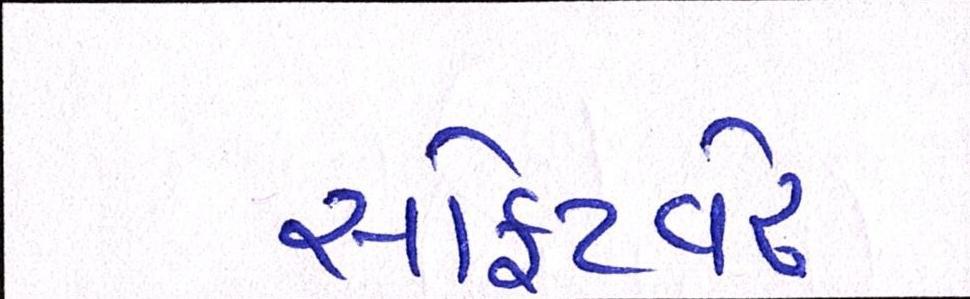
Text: સોફ્ટવેર